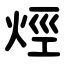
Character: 烴